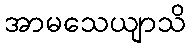
အာမသေယျာသိ